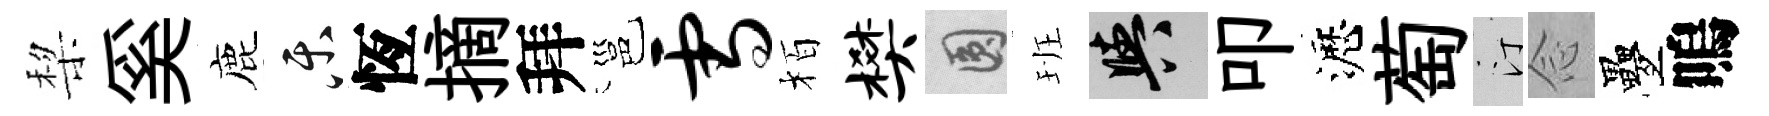
棃奚鹿乐恆摘拜邕雪栢樊圓班阳叩瀝萄汀𫝹疊嗚